Indian journal of veterinary science and animal husbandry - Volume 4,
Year: 1934
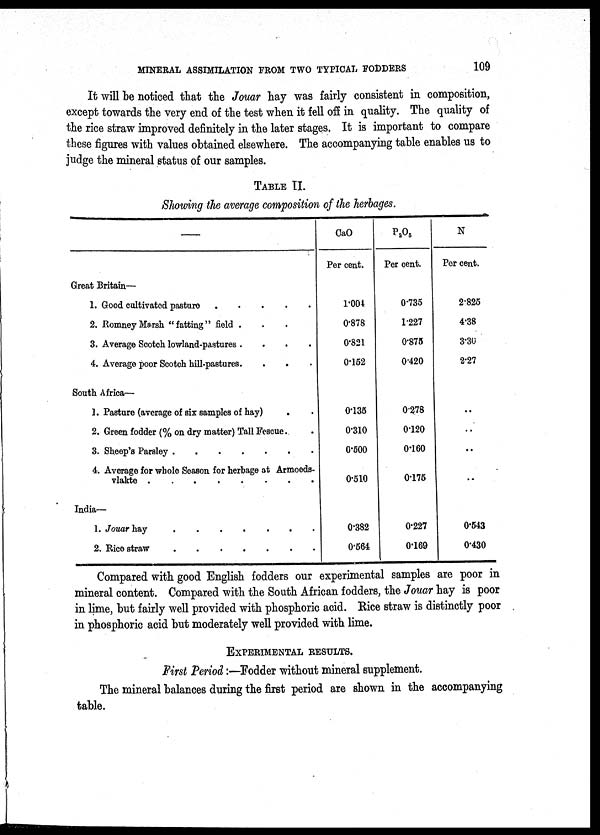
MINERAL ASSIMILATION FROM TWO TYPICAL FODDERS
109
It will be noticed that the Jouar hay was fairly consistent in composition,
except towards the very end of the test when it fell off in quality. The quality of
the rice straw improved definitely in the later stages. It is important to compare
these figures with values obtained elsewhere. The accompanying table enables us to
judge the mineral status of our samples.
TABLE II.
Showing the average composition of the herbages.
—
Great Britain—
1. Good cultivated pasture
.....
2. RomneyMarsh, "fatting" field . . .
3. Average Scotch lowland-pastures
....
4. Average poor Scotch hill-pastures.. . . . .
South Africa—
1. Pasture (average of six samples of hay) . .
2. Green fodder (% on dry matter) Tall Fescue. . .
3. Sheep's Parsley . . . . . .
4. Average for whole Season for herbage at Armoeds¬
vlakte
India—
1. Jouar hay
.......
2. Rice straw
CaO
Per cent.
1.004
0.878
0.821
0.152
0.135
0.310
0.500
0.510
0.382
0.564
P 2 O 5
Per cent.
0.735
1.227
0.875
0.420
0.278
0.120
0.160
0.175
0.227
0.169
N
Per cent.
2.825
4.38
3.30
2.27
..
..
..
..
0.543
0.430
Compared with good English fodders our experimental samples are poor in
mineral content. Compared with the South African fodders, the Jouar hay is poor
in lime, but fairly well provided with phosphoric acid. Rice straw is distinctly poor
in phosphoric acid but moderately well provided with lime.
EXPERIMENTAL RESULTS.
First Period:—Fodder without mineral supplement.
The mineral balances during the first period are shown in the accompanying
table.